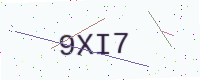
Text: 9XI7